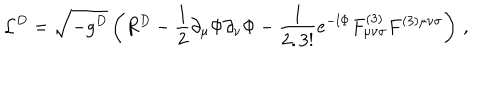
LaTeX: { \cal L } ^ { D } = \sqrt { - g ^ { D } } \left( R ^ { D } - \frac { 1 } { 2 } \partial _ { \mu } \Phi \partial _ { \nu } \Phi - { \frac { 1 } { 2 . 3 ! } } e ^ { - l \Phi } F _ { \mu \nu \sigma } ^ { ( 3 ) } F ^ { ( 3 ) \mu \nu \sigma } \right) \, ,